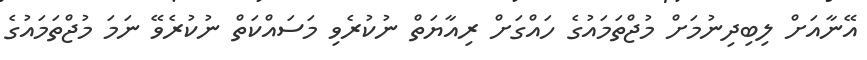
އޭނާއަށް ލިބިދިނުމަށް މުޖްތަމައުގެ ހައްގަށް ރިއާޔަތް ނުކުރެވި މަސައްކަތް ނުކުރެވޭ ނަމަ މުޖްތަމައުގެ